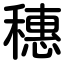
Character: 穗